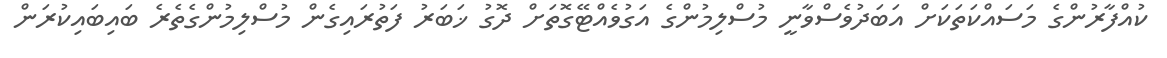
ކުއްފާރުންގެ މަސައްކަތަކަށް އަބަދުވެސްވާނީ މުސްލިމުންގެ އަގުވެއްޓޭގޮތަށް ދޮގު ޚަބަރު ފަތުރައިގެން މުސްލިމުންގެތެރެ ބައިބައިކުރަން